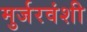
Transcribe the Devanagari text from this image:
मुर्जरवंशी